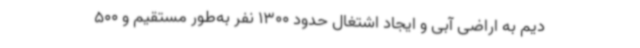
دیم به اراضی آبی و ایجاد اشتغال حدود 1300 نفر به‌طور مستقیم و 500